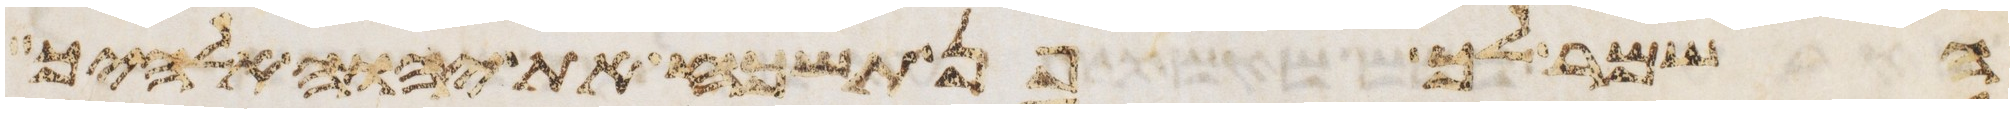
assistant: השמר לך פן תשכח את יהוה אלהיך